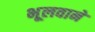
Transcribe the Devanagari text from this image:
भूलवाने